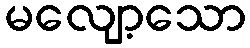
မလျော့သော